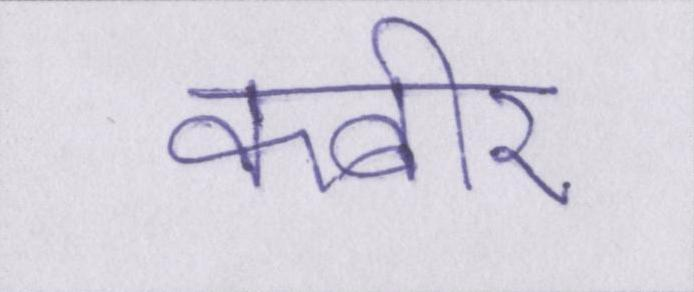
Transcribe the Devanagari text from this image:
कबीर